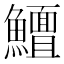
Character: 𱇃